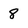
Character: 8